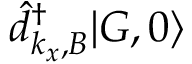
\hat { d } _ { k _ { x } , B } ^ { \dagger } | G , 0 \rangle